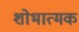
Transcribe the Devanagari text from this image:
शोभात्मक